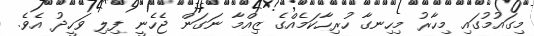
މިގައުމުގައި މިހާރު މިހިނގާ ހުރިހާކަމެއްގެ ޒިއްމާ ނަގަން ޖެހެނީ ފިލި ވަހީދު އެވެ.